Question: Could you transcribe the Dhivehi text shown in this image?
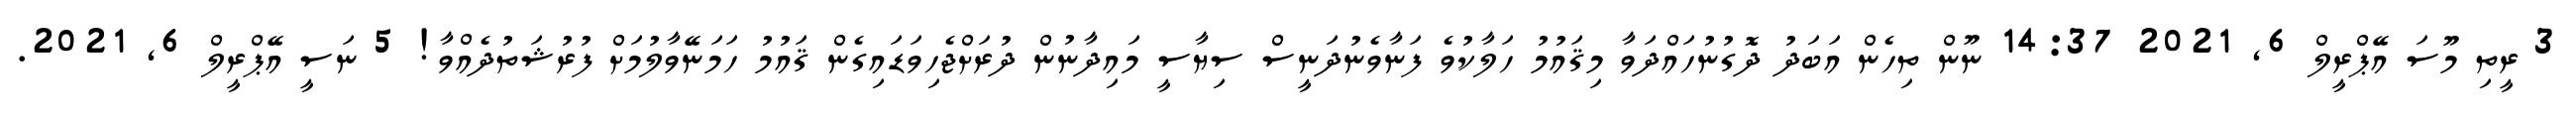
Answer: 3 ރީތި މޫސަ އޭޕްރީލް 6, 2021 14:37 ނޫން ތިހެން އަބަދު ދޮގުނުހައްދަވާ މިޤައުމު ހަލާކުވެ ފަނާވެނުދަނީސް ސިޔާސީ މައިދާނުން ދުރަށްޖެހިވަޑައިގެން ޤައުމު ހަމަނޭވާލުމަށް ފުރުޝަތުދެއްވާ! 5 ނަސީ އޭޕްރީލް 6, 2021.